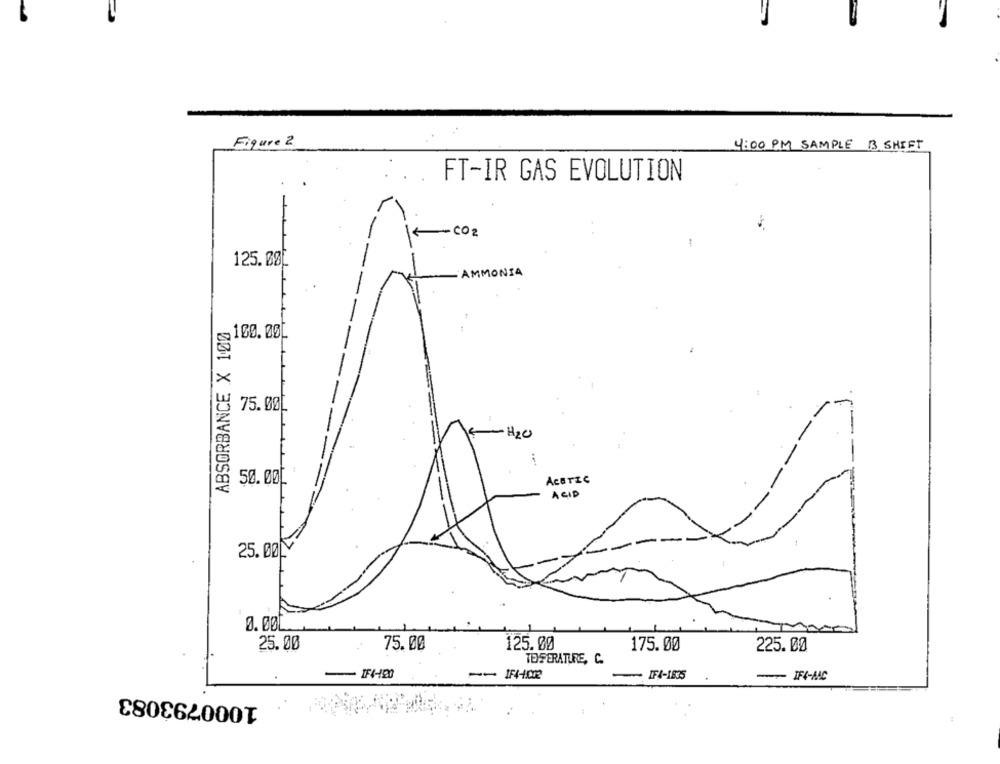
Figure 2
4:00 PM SAMPLE 13 SHIFT
FT-IR GAS EVOLUTION
1
CO 2
-
125.00
AMMONIA
ABSORBANCE X 100
-100.00
75.00
5-H2O
50.00L
AceTIC
ACID
25. 00LY
25.00
75.00
125.00
175.00
225.00
TEMPERATURE, C.
IF4-1930
IF4-1835
- IF4-AAC
1000793083